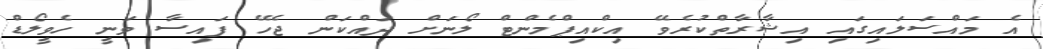
އެ މައްސަލައިގައި އިޝާރާތްކުރެވޭ އިކްއިޕްމެންޓް ލޯނަށް ދައްކަން ޖެހޭ ފައިސާ ވަނީ ހެވީލޯޑް